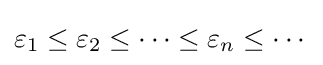
\varepsilon _{1}\leq \varepsilon _{2}\leq \dots \leq \varepsilon _{n}\leq \cdots